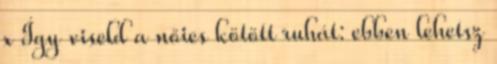
x Így viseld a nőies kötött ruhát: ebben lehetsz